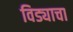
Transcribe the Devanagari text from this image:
विड्याचा